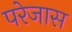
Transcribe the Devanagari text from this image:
परेजास